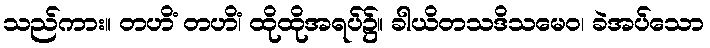
သည်ကား။ တဟိံ တဟိံ၊ ထိုထိုအရပ်၌။ ခါယိတသဒိသမေဝ၊ ခဲအပ်သော